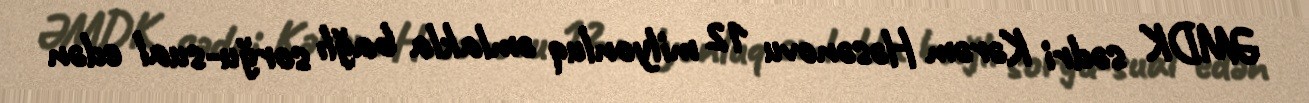
ƏMDK sədri Kərəm Həsənovu 12 milyonluq əmlakla bağlı sorğu-sual edən